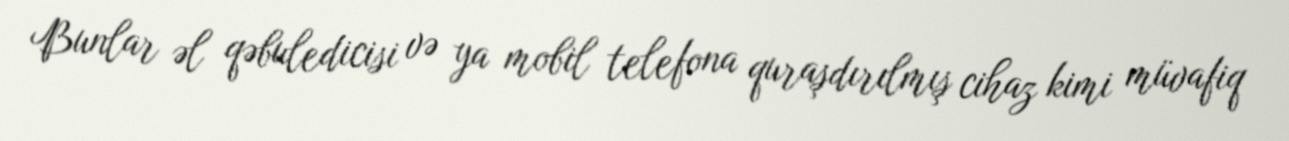
Bunlar əl qəbuledicisi və ya mobil telefona quraşdırılmış cihaz kimi müvafiq